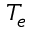
T _ { e }